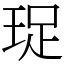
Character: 珿